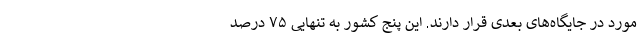
مورد در جایگاه‌های بعدی قرار دارند. این پنج کشور به تنهایی ۷۵ درصد